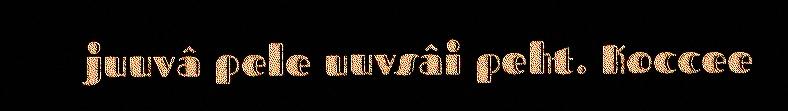
juuvâ pele uuvsâi peht. Koccee